Annual report of the Civil Veterinary Department, Bengal, for the year 1897-98 - 1897-1898
Year: 1897
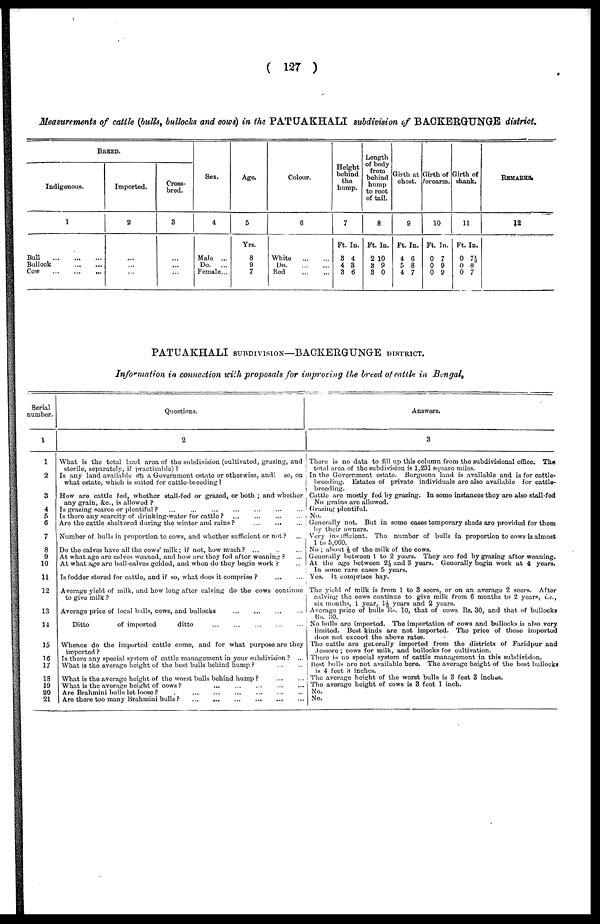
(127)
Measurements of cattle (bulls, bullocks and cows) in the PATUAKHALI subdivision of BACKERGUNGE district.
BREED.
Indigenous.
1
Bull
...
...
...
Bullock
...
...
Cow
...
...
...
Imported.
2
...
...
...
Cross-
bred.
3
...
...
...
Sex.
4
Male ...
Do.
...
Female...
Age.
5
Yrs.
8
9
7
Colour.
6
White
...
...
Do.
...
...
Red
...
...
Height
behind
the
hump.
7
Ft. In.
3 4
4 3
3 6
Length
of body
from
bohind
hump
to root
of tail.
8
Ft. In.
2 10
3 9
3 0
Girth at
chest.
9
Ft. In.
4 6
5 8
4 7
Girth of
forearm.
10
Ft. In.
0 7
0 9
0 9
Girth of
shank.
11
Ft. In.
0 7½
0 8
0 7
REMARKS.
12
PATUAKHALI SUBDIVISON—BACKERGUNGE DISTRICT.
Information in connection with proposals for improving the breed of cattle in Bengal,
Serial
number.
1
1
2
3
4
5
6
7
8
9
10
11
12
13
14
15
16
17
18
19
20
21
Questions.
2
What is the total land area of the subdivision (cultivated, grazing, and
sterile, separately, if practicable)?
Is any land available on a Government estate or otherwise, andi so, on
what estate, which is suited for cattle-breeding?
How are cattle fed, whether stall-fed or grazed, or both; and whether
any grain, &c., is allowod?
Is grazing scarce or plentiful? ... ... ... ... ... ... ...
Is there any scarcity of drinking-water for cattle? ... ... ... ...
Are the cattle sheltered during the winter and rains? ... ... ...
Number of bulls in proportion to cows, and whether sufficient or not? ...
Do the calves have all the cows' milk; if not, how much? ... ... ...
At what age are calves weaned, and how are they fed after weaning? ...
At what age are bull-calves gelded, and when do they begin work? ...
Is fodder stored for cattle, and if so, what does it comprise? ... ...
Average yield of milk, and how long after calving do the cows continue
to give milk?
Average price of local bulls, cows, and bullocks ... ... ... ...
Ditto
of imported
ditto ... ... ... ... ...
Whence do the imported cattle come, and for what purpose are they
imported?
Is there any special system of cattle management in your subdivision? ...
What is the average height of the best bulls bohind hump?
...
...
What is the average height of the worst bulls behind hump?
...
...
What is the average height of cows? ... ... ... ... ...
Are Brahmini bulls let loose? ... ... ... ... ... ...
Are there too many Brahmini bulls?
...
...
... ... ... ...
Answers.
3
There is no data to fill up this column from the subdivisional office. The
total area of the subdivision is 1,231 square miles.
In the Government estate. Burgoona land is available and is for cattle-
breeding. Estates of private individuals are also available for cattle-
breeding.
Cattle are mostly fed by grazing. In some instances they are also stall-fed
No grains are allowed.
Grazing plentiful.
No.
Generally not. But in some cases temporary sheds are provided for them
by their owners.
Very insufficient. The number of bulls in proportion to cows is almost
1 to 5,000.
No ; about 1/3 of the milk of the cows.
Generally between 1 to 2 years. They are fed by grazing after weaning.
At the age between 2½ and 3 years. Generally begin work at 4 years.
In some rare cases 5 years.
Yes. It comprises hay.
The yield of milk is from 1 to 3 seers, or on an average 2 seors. After
calving the cows continue to give milk from 6 months to 2 years, i.e.,
six months, 1 year, 1½ years and 2 years.
Average price of bulls Rs. 10, that of cows Its. 30, and that of bullocks
Rs. 30.
No bulls are imported. The importation of cows and bullocks is also very
limited. Best kinds are not imported. The price of those imported
does not exceed the above rates.
The cattle are generally imported from the districts of Faridpur and
dessore; cows for milk, and bullocks for cultivation.
There is no special system of cattle management in this subdivision.
Best bulls are not available here. The average height of the best bullocks
is 4 feet 3 inches.
The average height of the worst bulls is 3 feet 3 inches.
The average height of cows is 3 feet 1 inch.
No.
No.